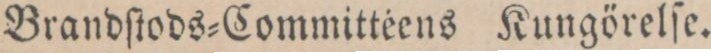
Brandſtods=Committéens Kungörelſe.